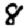
Digit: 8